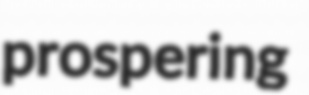
prospering